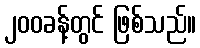
၂၀၀ခန့်တွင် ဖြစ်သည်။